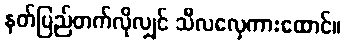
နတ်ပြည်တက်လိုလျှင် သီလလှေကားထောင်။